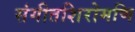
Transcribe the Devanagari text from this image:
संगीतशिरोमणि